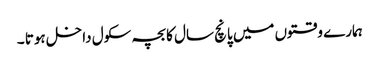
ہمارے وقتوں میں پانچ سال کا بچہ سکول داخل ہوتا ۔